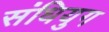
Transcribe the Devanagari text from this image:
संधियुग